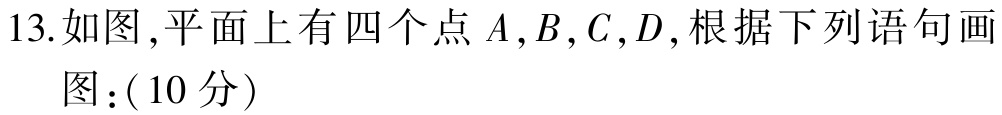
13. 如图,平面上有四个点\(A,B,C,D\),根据下列语句画

图:(\(10\)分)